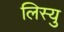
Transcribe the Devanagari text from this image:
लिस्यु